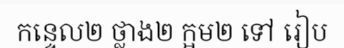
កន្ទេល២ ថ្លាង២ ក្អម២ ទៅ រៀប